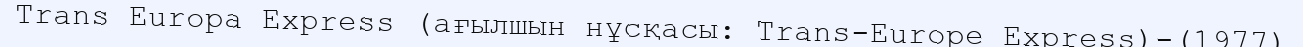
Trans Europa Express (ағылшын нұсқасы: Trans-Europe Express)-(1977)